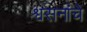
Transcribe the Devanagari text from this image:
श्वसनांचे